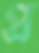
প্র